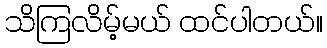
သိကြလိမ့်မယ် ထင်ပါတယ်။